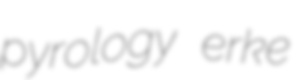
pyrology erke